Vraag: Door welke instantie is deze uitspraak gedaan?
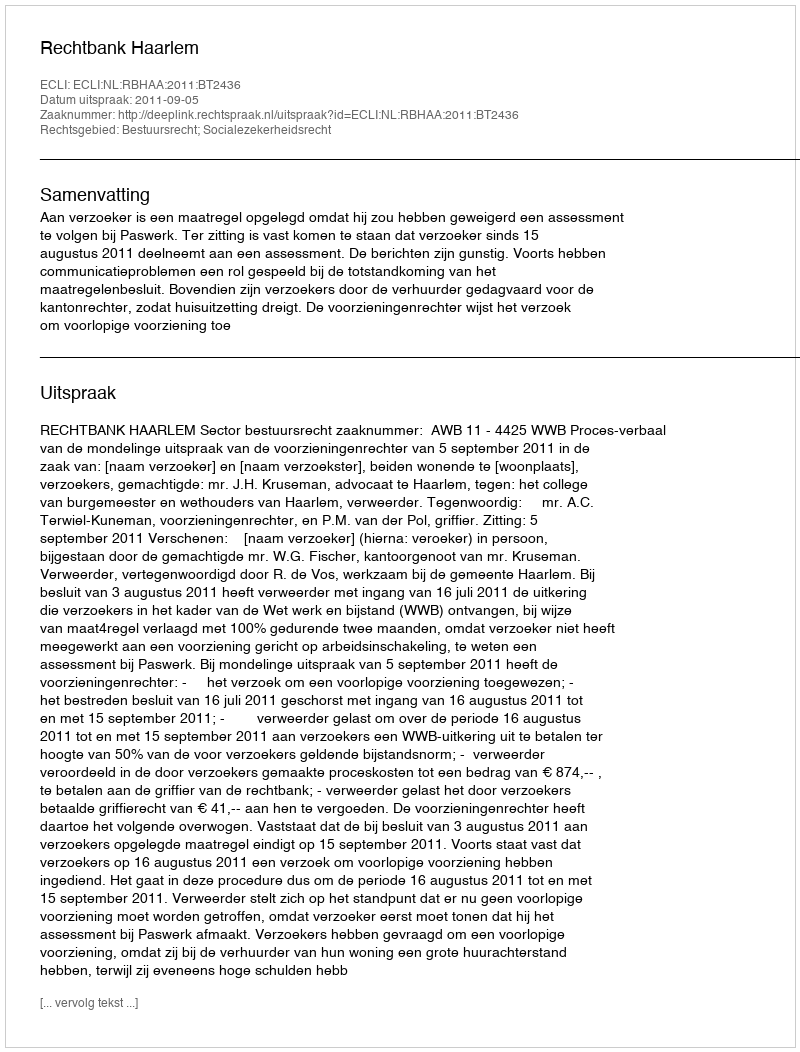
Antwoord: Rechtbank Haarlem